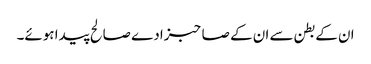
ان کے بطن سے ان کے صاحبزادے صالح پیدا ہوئے۔